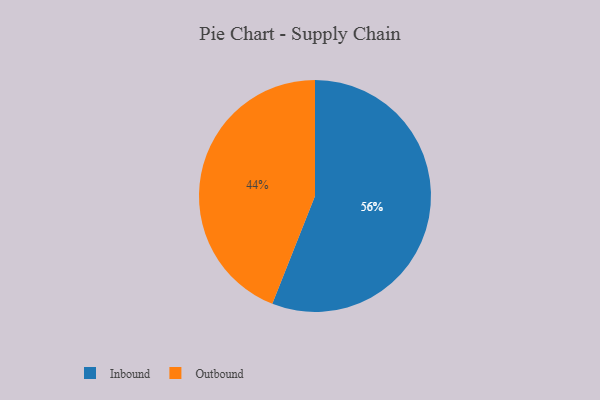
{"axis": {"x": "Category", "y": "Percentage"}, "legend": ["Inbound", "Outbound"], "data": [{"x": "Outbound", "y": 44, "type": "Outbound"}, {"x": "Inbound", "y": 56, "type": "Inbound"}]}